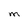
Character: M